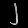
Digit: ၂